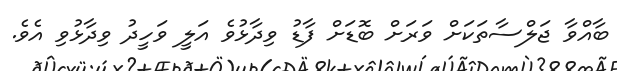
ބާއްވާ ޖަލްސާތަކަށް ވަރަށް ބޮޑަށް ފާޑު ވިދާޅުވެ އަލީ ވަހީދު ވިދާޅުވި އެވެ.